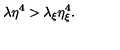
\lambda \eta ^ { 4 } > \lambda _ { \xi } \eta _ { \xi } ^ { 4 } .